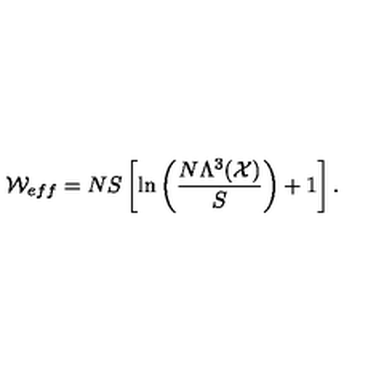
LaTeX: { \cal W } _ { \small { e f f } } = N S \left[ \ln \left( \frac { N \Lambda ^ { 3 } ( { \cal X } ) } { S } \right) + 1 \right] .